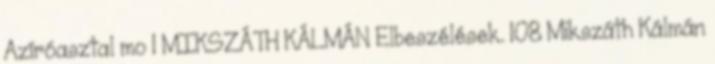
Azíróasztal mo 1 MIKSZÁTH KÁLMÁN Elbeszélések. 108 Mikszáth Kálmán